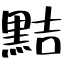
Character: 黠